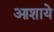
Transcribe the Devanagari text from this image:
आशाये